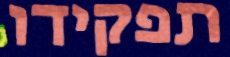
תפקידו